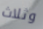
وثلاث